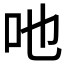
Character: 吔